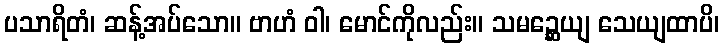
ပသာရိတံ၊ ဆန့်အပ်သော။ ဗာဟံ ဝါ၊ မောင်ကိုလည်း။ သမဉ္ဆေယျ သေယျထာပိ၊